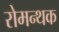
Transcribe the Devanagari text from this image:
रोमन्थक